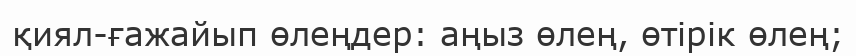
қиял-ғажайып өлеңдер: аңыз өлең, өтірік өлең;